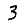
Digit: 3